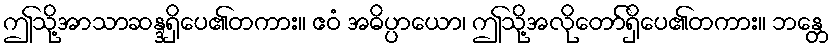
ဤသို့အာသာဆန္ဒရှိပေ၏တကား။ ဧဝံ အဓိပ္ပာယော၊ ဤသို့အလိုတော်ရှိပေ၏တကား။ ဘန္တေ